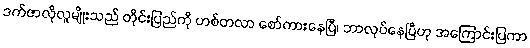
ဒက်ဇာလိုလူမျိုးသည် တိုင်းပြည်ကို ဟစ်တလာ စော်ကားနေပြီ၊ ဘာလုပ်နေပြီဟု အကြောင်းပြကာ